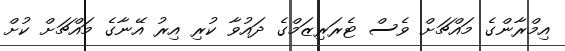
އިމްރާންގެ މައްޗަށް ވެސް ޓެރަރިޒަމްގެ ދައުވާ ކުރި އިރު އޭނާގެ މައްޗަށް ކުށް